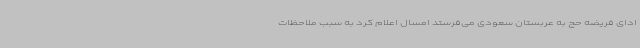
ادای فریضه حج به عربستان سعودی می‌فرستد امسال اعلام کرد به سبب ملاحظات